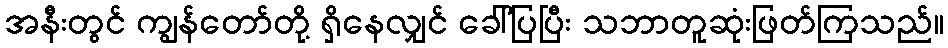
အနီးတွင် ကျွန်တော်တို့ ရှိနေလျှင် ခေါ်ပြပြီး သဘာတူဆုံးဖြတ်ကြသည်။